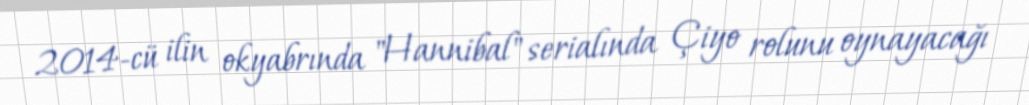
2014-cü ilin okyabrında "Hannibal" serialında Çiyo rolunu oynayacağı